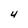
Character: 4